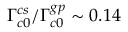
\Gamma _ { c 0 } ^ { c s } / \Gamma _ { c 0 } ^ { g p } \sim 0 . 1 4